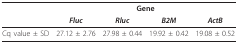
|  | <COLSPAN=4> Gene |
 |  | Fluc | Rluc | B2M | ActB |
 | --- | --- | --- | --- | --- |
 | Cq value ± SD | 27.12 ± 2.76 | 27.98 ± 0.44 | 19.92 ± 0.42 | 19.08 ± 0.52 |